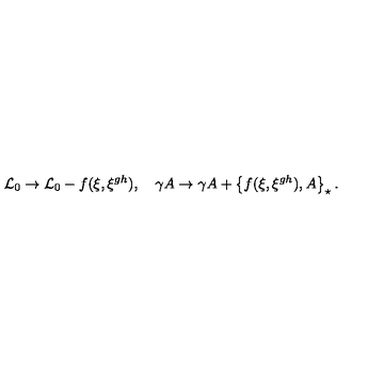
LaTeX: { \mathcal { L } _ { 0 } } \rightarrow { \mathcal { L } _ { 0 } } - f ( \xi , \xi ^ { g h } ) , \quad \gamma A \rightarrow \gamma A + \left\{ f ( \xi , \xi ^ { g h } ) , A \right\} _ { \star } .